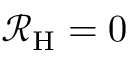
\mathcal { R } _ { \mathrm { H } } = 0